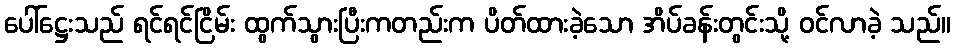
ပေါ်ဋ္ဌေးသည် ရင်ရင်ငြိမ်း ထွက်သွားပြီးကတည်းက ပိတ်ထားခဲ့သော အိပ်ခန်းတွင်းသို့ ဝင်လာခဲ့ သည်။